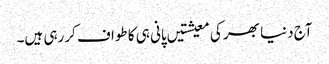
آج دنیا بھر کی معیشتیں پانی ہی کا طواف کررہی ہیں۔